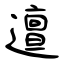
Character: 邅